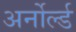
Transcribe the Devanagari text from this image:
अर्नोर्ल्ड